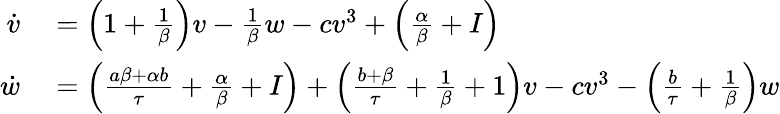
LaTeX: \begin{array}{rl}{\dot{v}}&{{}=\Big(1+\frac{1}{\beta}\Big)v-\frac{1}{\beta}w-cv^{3}+\Big(\frac{\alpha}{\beta}+I\Big)}\\ {\dot{w}}&{{}=\Big(\frac{a\beta+\alpha b}{\tau}+\frac{\alpha}{\beta}+I\Big)+\Big(\frac{b+\beta}{\tau}+\frac{1}{\beta}+1\Big)v-cv^{3}-\Big(\frac{b}{\tau}+\frac{1}{\beta}\Big)w}\end{array}